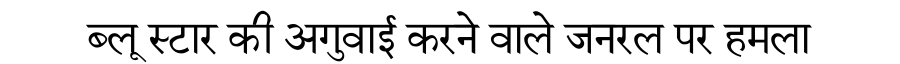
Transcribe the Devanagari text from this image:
ब्लू स्टार की अगुवाई करने वाले जनरल पर हमला